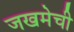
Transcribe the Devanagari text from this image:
जखमेची